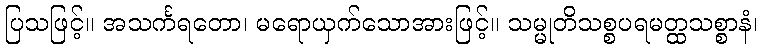
ပြသဖြင့်။ အသင်္ကရတော၊ မရောယှက်သောအားဖြင့်။ သမ္မုတိသစ္စပရမတ္ထသစ္စာနံ၊